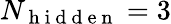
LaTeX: N_{\mathrm{~h~i~d~d~e~n~}}=3